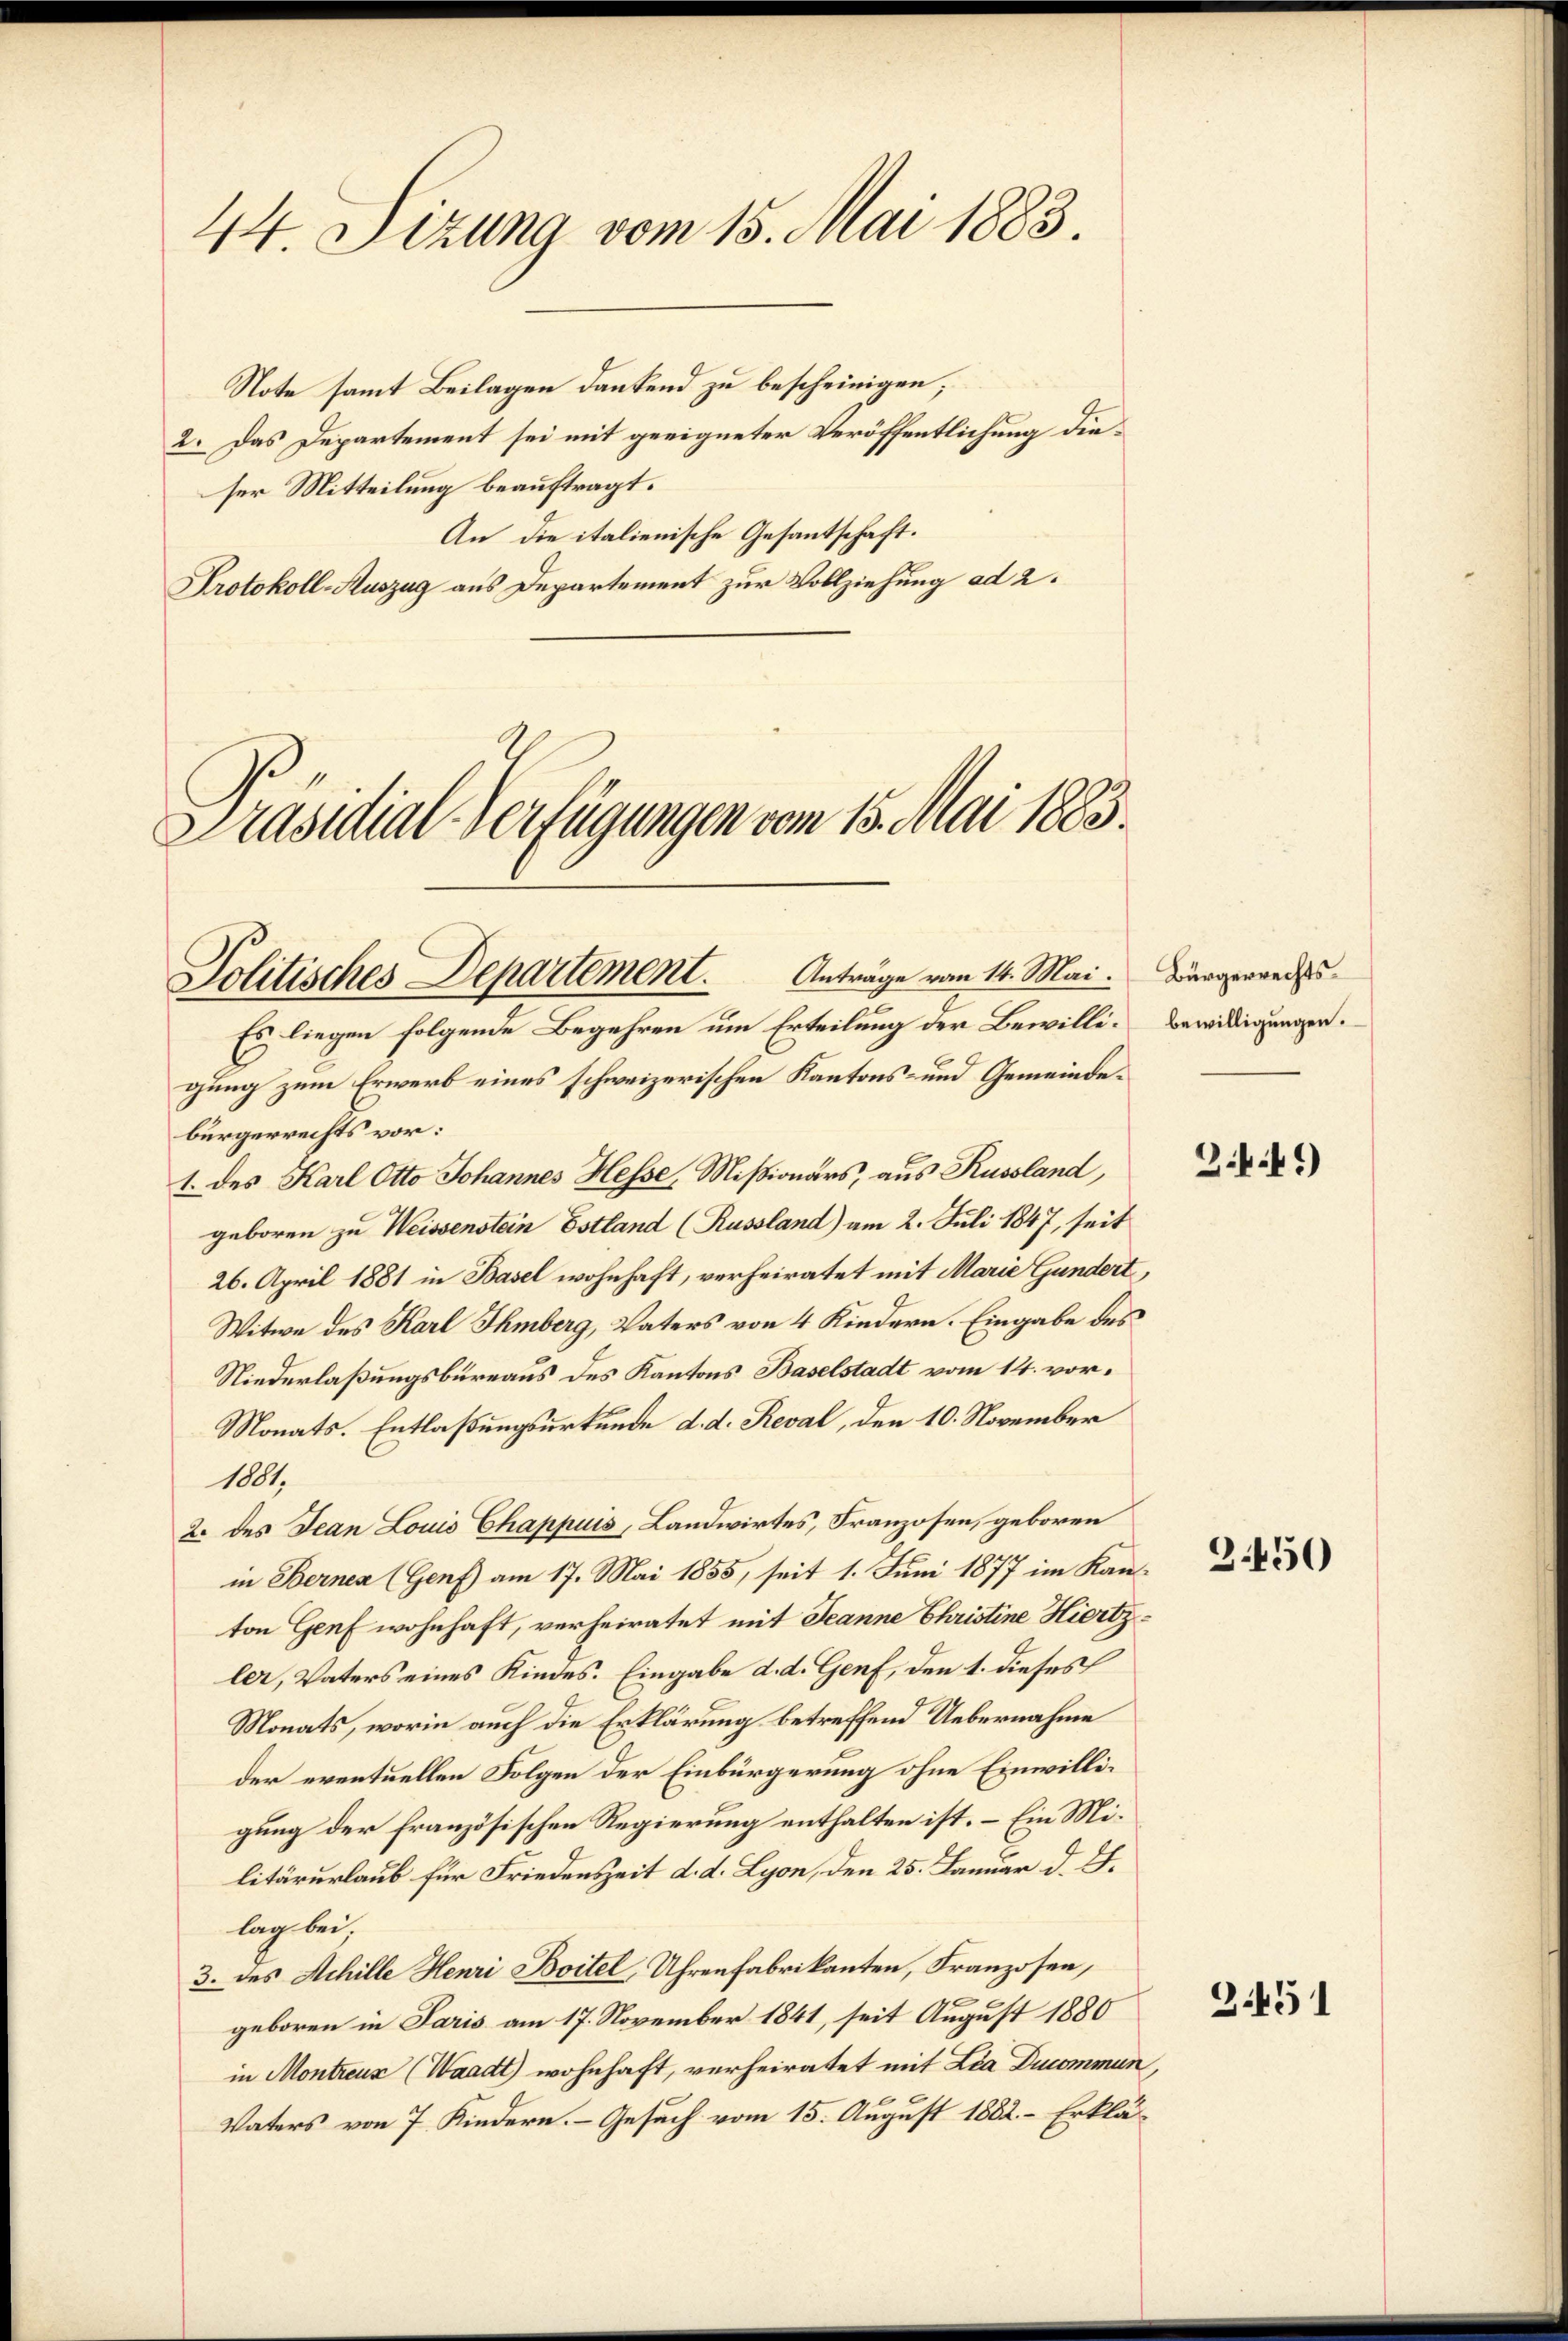
44. Sizung vom 15. Mai 1883.

Note samt Beilagen dankend zu bescheinigen;
2. Das Departement sei mit geeigneter Veröffentlichung dieser Mitteilung beauftragt.
An die italienische Gesantschaft.
Protokoll-Auszug aus Departement zur Vollziehung ad 2.

Präsidial-Verfügungen vom 15. Mai 1883.

gung zum Erwerb eines schweizerischen Kantons- und Gemeindebürgerrechts vor:
1. des Karl Otto Johannes Hesse, Mißionärs, aus Russland,
geboren zu Weissenstein Estland (Russland) am 2. Juli 1847, seit
26. April 1881 in Basel wohnhaft, verheiratet mit Marie Gundert,
Witwe des Karl Ihmberg, Vaters von 4 Kindern. Eingabe des
Niederlaßungsbureaus des Kantons Baselstadt vom 14. vor¬
Monats. Entlaßungsurkunde d. d. Reval, den 10. November
1081.
2. des Jean Louis Chappuis, Landwirtes, Franzosen, geboren
in Bernen (Genf) am 17. Mai 1855, seit 1. Juni 1877 im Kan-
ton Genf wohnhaft, verheiratet mit Jeanne Christine Hiertzler, Vaters eines Kindes. Eingabe d. d. Genf, den 1. dieses
Monats, worin auch die Erklärung betreffend Uebernahme
der eventuellen Folgen der Einbürgerung ohne Einwilligung der französischen Regierung enthalten ist. – Ein Militärurlaub für Friedenszeit d. d. Lyon, den 25. Januar d. J.
lag bei
3. des Achille Henri Boitel, Uhrenfabrikanten, Franzosen,
geboren in Paris am 17. November 1841, seit August 1880
in Montreux (Waadt) wohnhaft, verheiratet mit Lea Ducommun,
Vaters von 7 Kindern. Gesuch vom 15. August 1882. – Erklä¬

Politisches Departement.          Antrage vom 14. Mai.
Es liegen folgende Begehren um Erteilung der Bewilli¬

Bürgerrechtsbewilligungen.

3.4.41)

3.450

3451